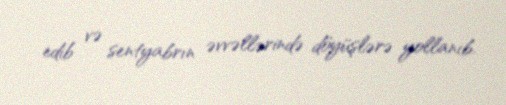
edib və sentyabrın əvvəllərində döyüşlərə yollanıb.